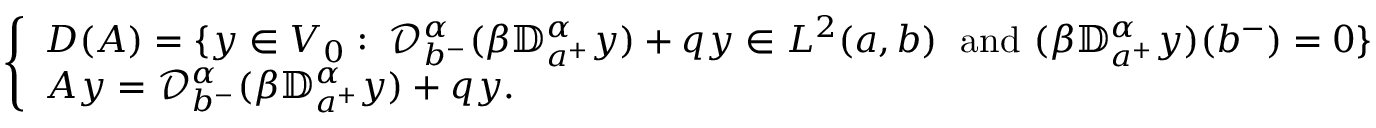
\left\{ \begin{array} { l l } { D ( A ) = \{ y \in V _ { 0 } : \; { \mathcal D } _ { b ^ { - } } ^ { \alpha } ( \beta { \mathbb D } _ { a ^ { + } } ^ { \alpha } y ) + q y \in L ^ { 2 } ( a , b ) \; \mathrm { ~ a n d ~ } ( \beta { \mathbb D } _ { a ^ { + } } ^ { \alpha } y ) ( b ^ { - } ) = 0 \} } \\ { A y = { \mathcal D } _ { b ^ { - } } ^ { \alpha } ( \beta { \mathbb D } _ { a ^ { + } } ^ { \alpha } y ) + q y . } \end{array} \right.